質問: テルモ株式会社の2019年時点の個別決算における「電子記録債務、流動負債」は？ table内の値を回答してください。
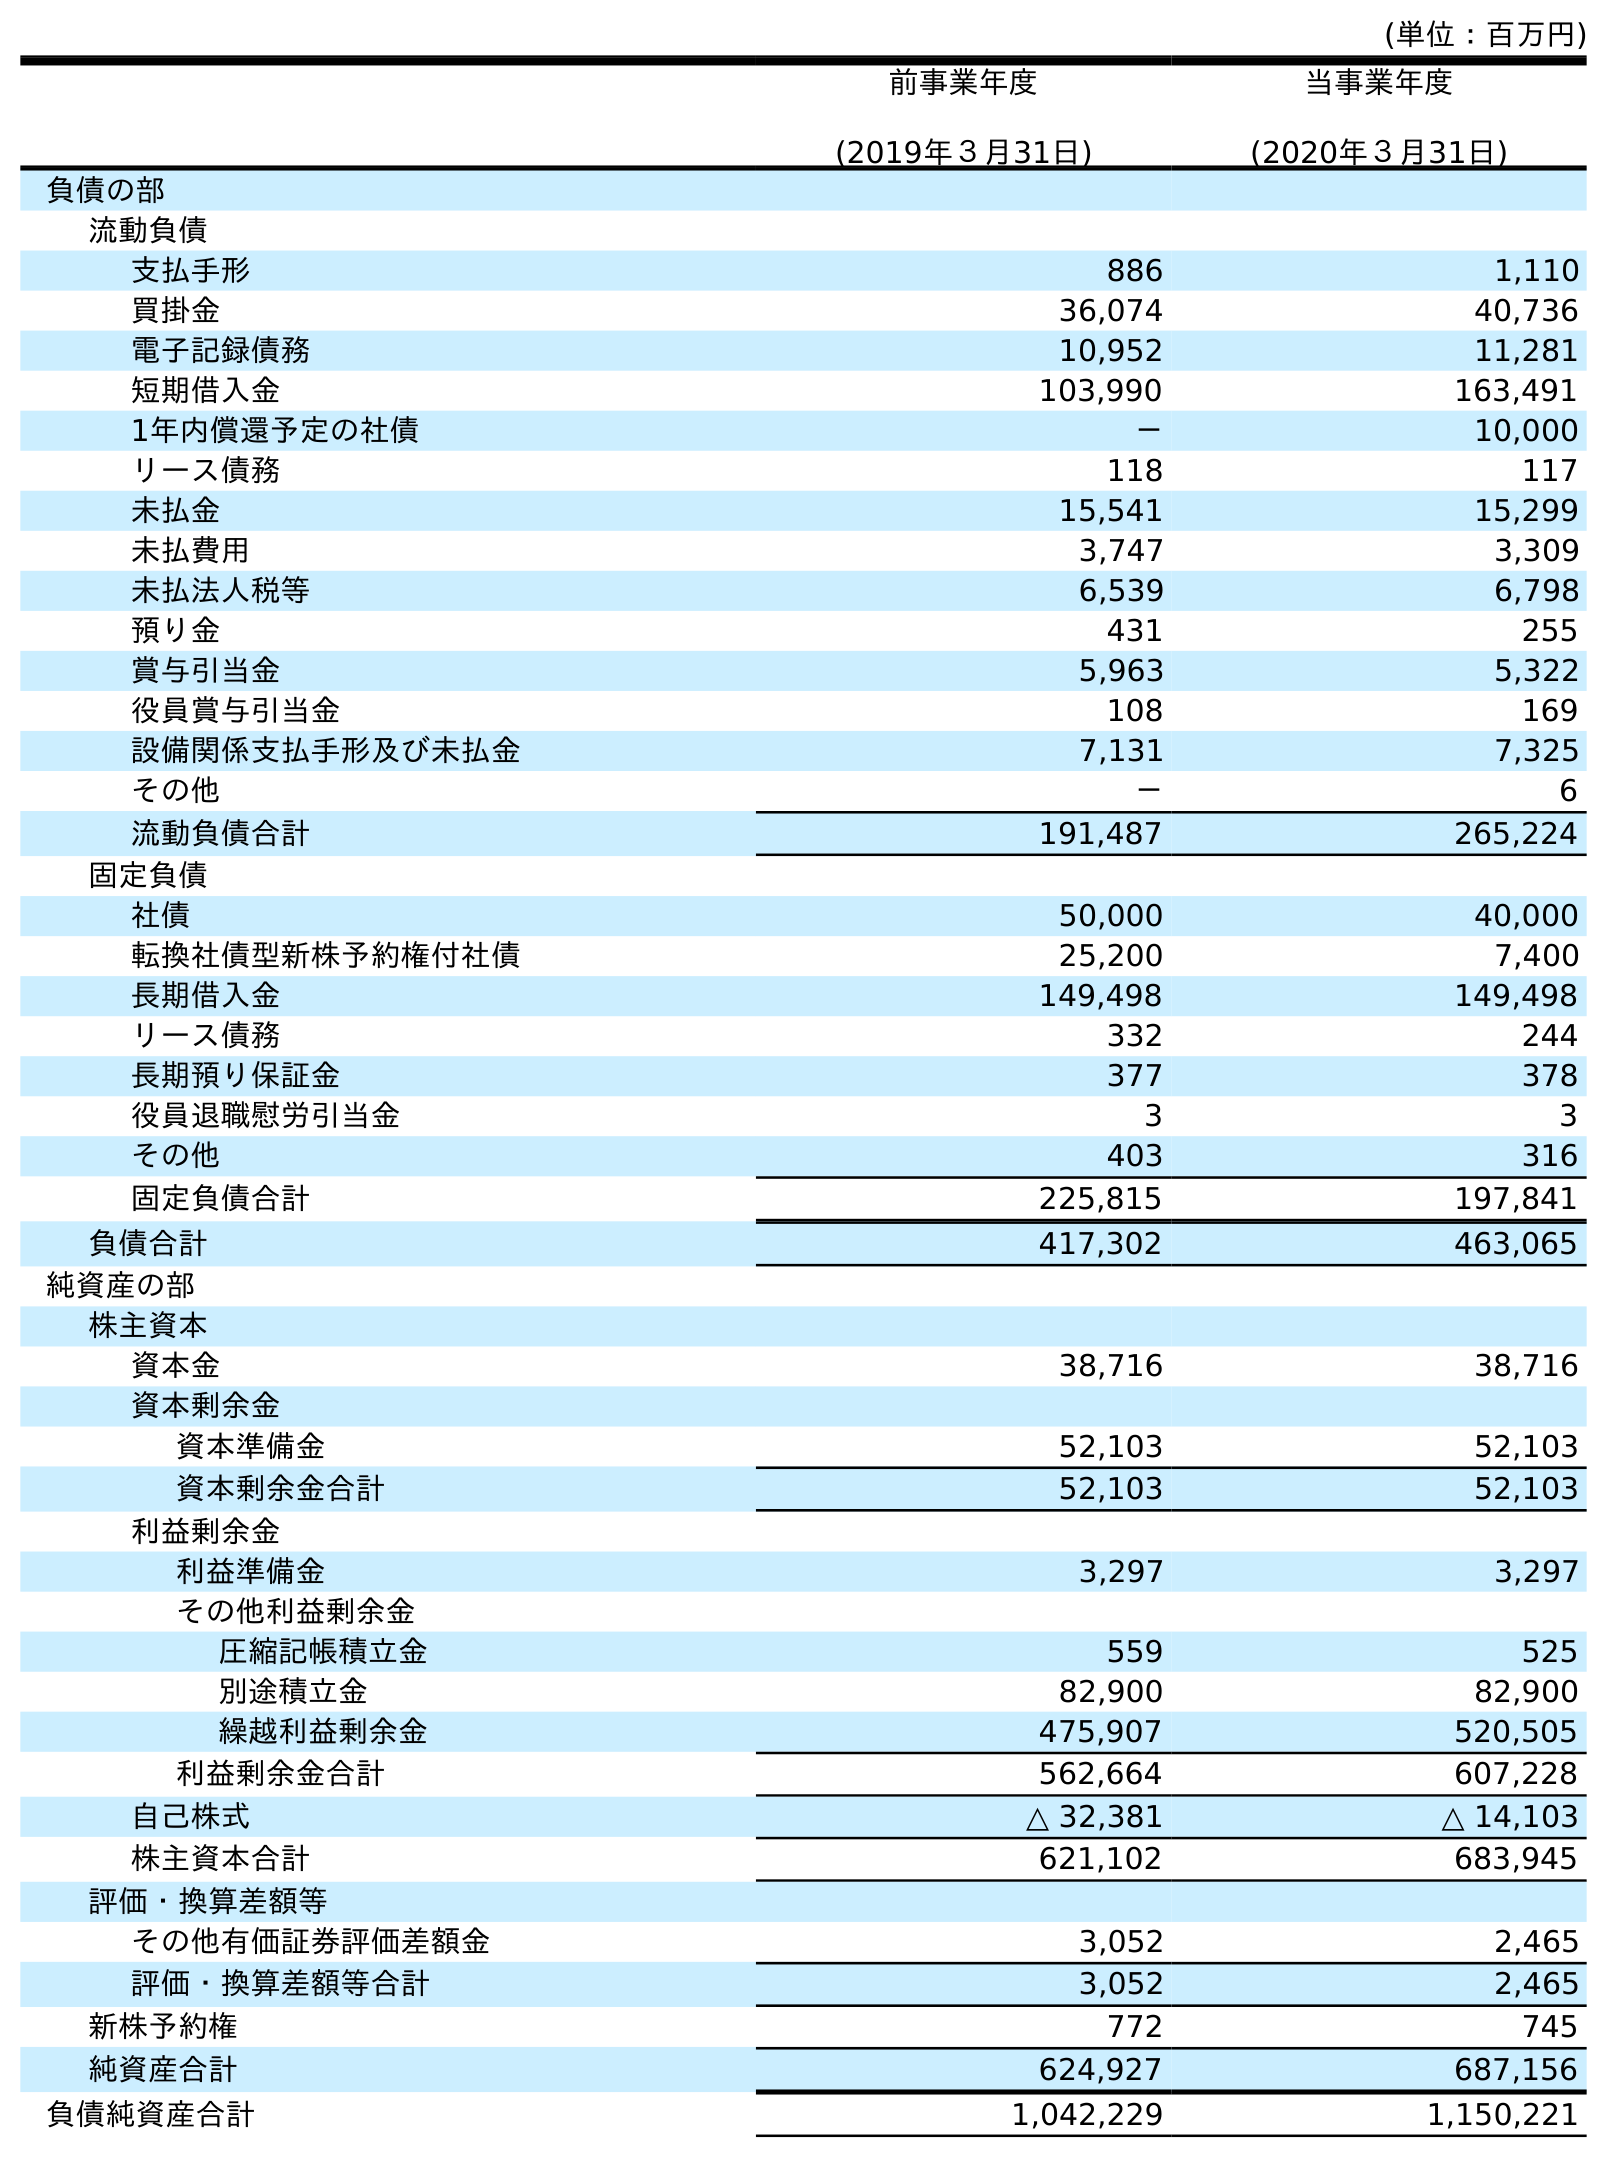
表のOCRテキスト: (単位：百万円) 前事業年度 (2019年３月31日) 当事業年度 (2020年３月31日) 負債の部 流動負債 支払手形 886 1,110 買掛金 36,074 40,736 電子記録債務 10,952 11,281 短期借入金 103,990 163,491 1年内償還予定の社債 － 10,000 リース債務 118 117 未払金 15,541 15,299 未払費用 3,747 3,309 未払法人税等 6,539 6,798 預り金 431 255 賞与引当金 5,963 5,322 役員賞与引当金 108 169 設備関係支払手形及び未払金 7,131 7,325 その他 － 6 流動負債合計 191,487 265,224 固定負債 社債 50,000 40,000 転換社債型新株予約権付社債 25,200 7,400 長期借入金 149,498 149,498 リース債務 332 244 長期預り保証金 377 378 役員退職慰労引当金 3 3 その他 403 316 固定負債合計 225,815 197,841 負債合計 417,302 463,065 純資産の部 株主資本 資本金 38,716 38,716 資本剰余金 資本準備金 52,103 52,103 資本剰余金合計 52,103 52,103 利益剰余金 利益準備金 3,297 3,297 その他利益剰余金 圧縮記帳積立金 559 525 別途積立金 82,900 82,900 繰越利益剰余金 475,907 520,505 利益剰余金合計 562,664 607,228 自己株式 △ 32,381 △ 14,103 株主資本合計 621,102 683,945 評価・換算差額等 その他有価証券評価差額金 3,052 2,465 評価・換算差額等合計 3,052 2,465 新株予約権 772 745 純資産合計 624,927 687,156 負債純資産合計 1,042,229 1,150,221
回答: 10,952